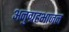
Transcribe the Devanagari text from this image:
अनुग्रहभाजन